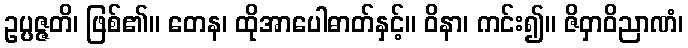
ဥပ္ပဇ္ဇတိ၊ ဖြစ်၏။ တေန၊ ထိုအာပေါဓာတ်နှင့်။ ဝိနာ၊ ကင်း၍။ ဇိဝှာဝိညာဏံ၊